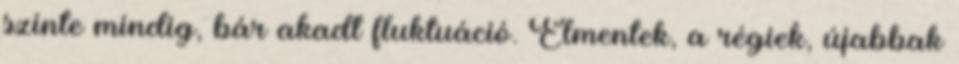
szinte mindig, bár akadt fluktuáció. Elmentek, a régiek, újabbak